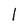
Character: I